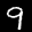
Label: 9